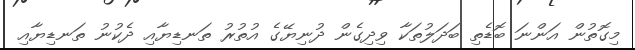
މިގޮތުން އަންނަ ބޮޑެތި ބަދަލުތަކާ ވިދިގެން ދުނިޔޭގެ އުތުރު ތަނޑިޔާއި ދެކުނު ތަނޑިޔާއި